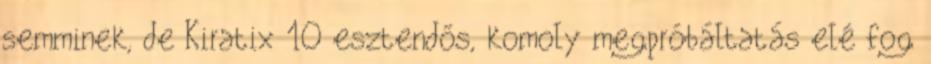
semminek, de Kiratix 10 esztendős, komoly megpróbáltatás elé fog